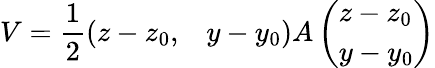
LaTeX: V=\frac{1}{2}\left(\begin{array}{ll}{z-z_{0},}&{y-y_{0}}\end{array}\right)A\left(\begin{array}{l}{z-z_{0}}\\ {y-y_{0}}\end{array}\right)